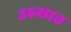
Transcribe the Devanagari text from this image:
उरुसात